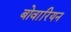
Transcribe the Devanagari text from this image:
बोवारियन